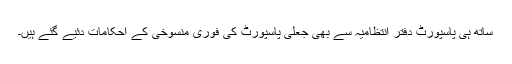
ساتھ ہی پاسپورٹ دفتر انتظامیہ سے بھی جعلی پاسپورٹ کی فوری منسوخی کے احکامات دئیے گئے ہیں۔